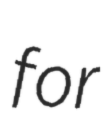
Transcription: for